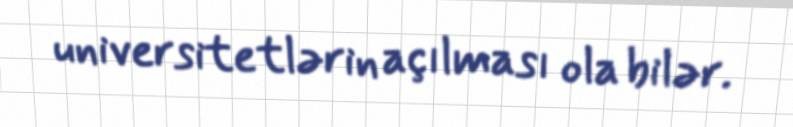
universitetlərin açılması ola bilər.